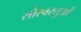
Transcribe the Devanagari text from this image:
सौरवस्तुओं